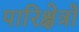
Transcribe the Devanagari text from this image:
पारिक्षेत्रों